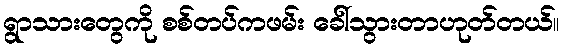
ရွာသားတွေကို စစ်တပ်ကဖမ်း ခေါ်သွားတာဟုတ်တယ်။